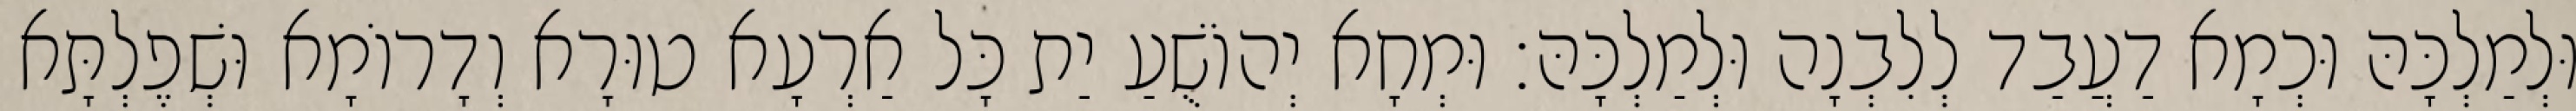
וּלְמַלְכָּהּ וּכְמָא דַעֲבַד לְלִבְנָה וּלְמַלְכָּהּ׃ וּמְחָא יְהוֹשֻׁעַ יַת כָּל אַרְעָא טוּרָא וְדָרוֹמָא וּשְׁפֶלְתָּא